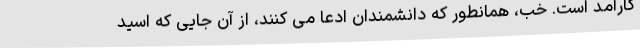
کارآمد است. خب، همانطور که دانشمندان ادعا می کنند، از آن جایی که اسید